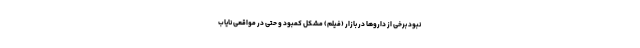
نبود برخی از داروها در بازار (فیلم) مشکل کمبود و حتی در مواقعی نایاب